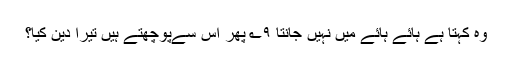
وہ کہتا ہے ہائے ہائے میں نہیں جانتا ۹؎ پھر اس سےپوچھتے ہیں تیرا دین کیا؟